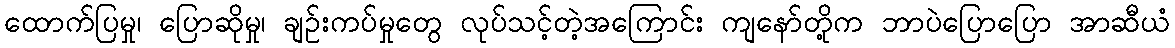
ထောက်ပြမှု၊ ပြောဆိုမှု၊ ချဉ်းကပ်မှုတွေ လုပ်သင့်တဲ့အကြောင်း ကျနော်တို့က ဘာပဲပြောပြော အာဆီယံ